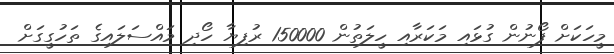
މީހަކަށް ފޯނުން ގުޅައި މަކަރާއި ހީލަތުން 150000 ރުފިޔާ ހޯދި މައްސަލައިގެ ތަހުގީގަށް